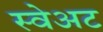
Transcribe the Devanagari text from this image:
स्वेअट